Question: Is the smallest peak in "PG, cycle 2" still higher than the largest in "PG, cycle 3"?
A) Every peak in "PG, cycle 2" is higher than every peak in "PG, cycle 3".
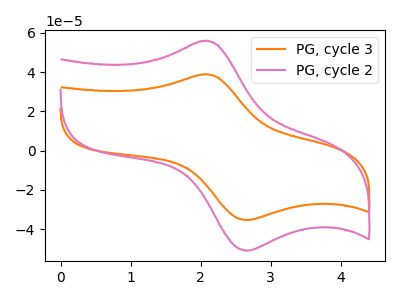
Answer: <think>The orange curve "PG, cycle 3" has an anodic peak at (2.05V, 38.75uA) and a cathodic peak at (2.65V, -35.40uA). The pink curve "PG, cycle 2" has an anodic peak at (2.05V, 55.80uA) and a cathodic peak at (2.65V, -51.00uA).</think>
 <answer>A) Every peak in "PG, cycle 2" is higher than every peak in "PG, cycle 3".</answer>
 <eval>A</eval>